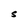
Character: S